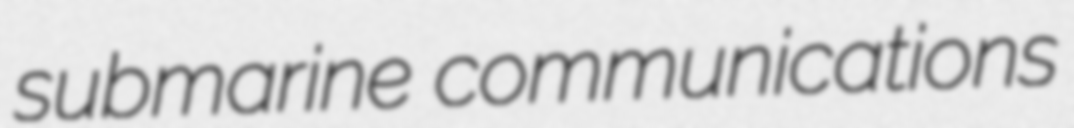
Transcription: submarine communications